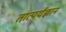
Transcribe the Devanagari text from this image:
तात्पर्यज्ञान